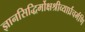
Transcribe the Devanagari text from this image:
ज्ञानसिद्धिर्मोक्षश्रीव्यार्घ्रचर्मणि